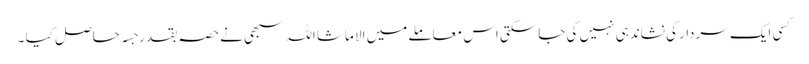
کسی ایک سردارکی نشاندہی نہیں کی جاسکتی اس معاملے میں الا ماشا اللہ سبھی نے حصہ بقدر جسہ حاصل کیا ۔